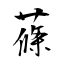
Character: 蓧